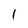
Character: l